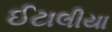
ઈટાલીયા